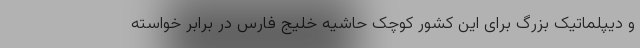
و دیپلماتیک بزرگ برای این کشور کوچک حاشیه خلیج فارس در برابر خواسته